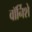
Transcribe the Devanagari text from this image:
वॉर्निशे